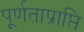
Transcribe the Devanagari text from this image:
पूर्णताप्राप्ति